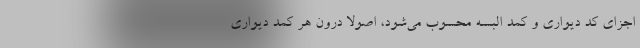
اجزای کد دیواری و کمد البسه محسوب می‌شود، اصولاً درون هر کمد دیواری